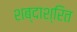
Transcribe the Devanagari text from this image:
शब्दाश्रित